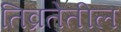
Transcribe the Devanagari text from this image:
तिव्रतेतील